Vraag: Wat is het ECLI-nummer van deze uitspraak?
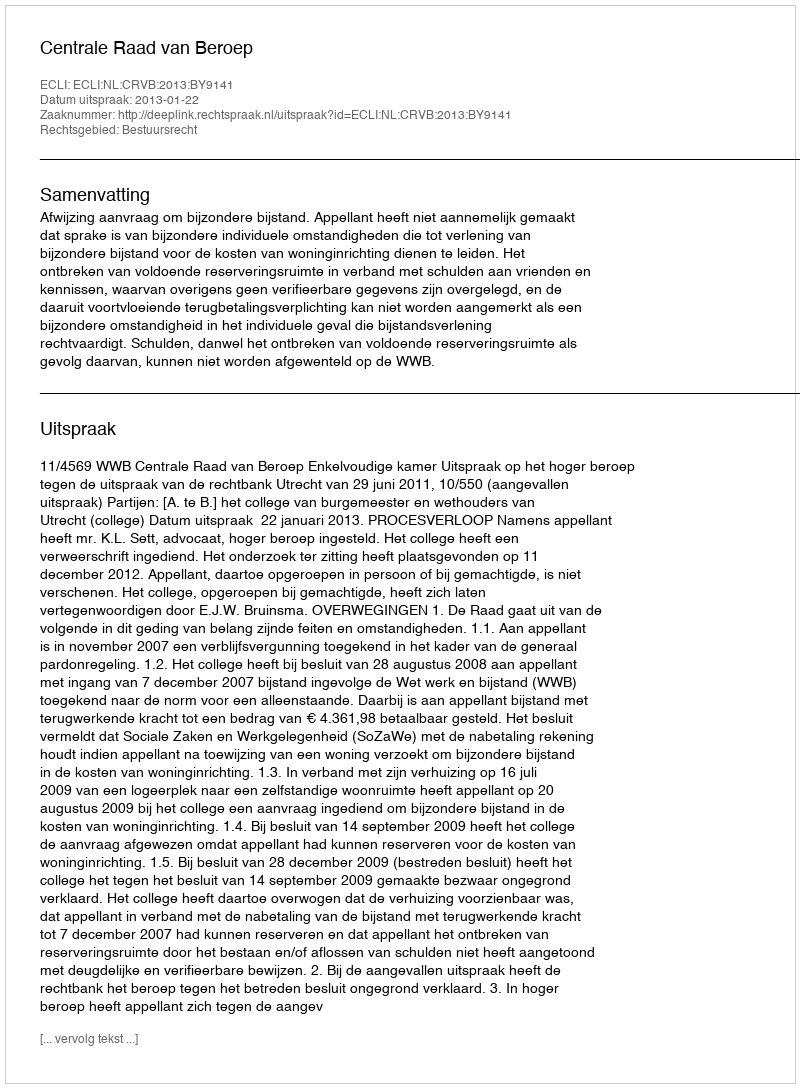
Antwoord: ECLI:NL:CRVB:2013:BY9141